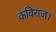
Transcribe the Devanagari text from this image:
कविराज।